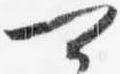
可